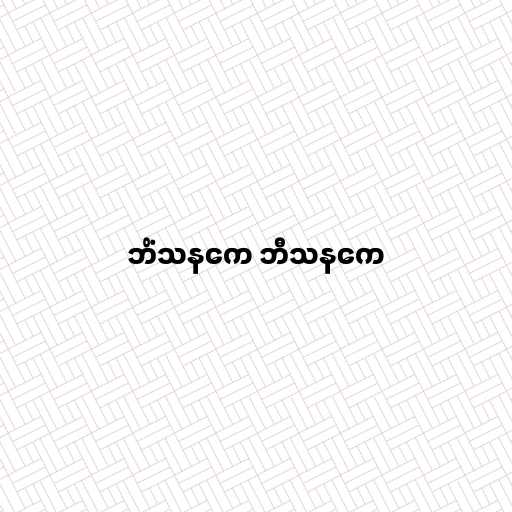
ဘိံသနကေ ဘီသနကေ